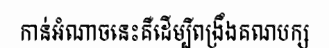
កាន់អំណាចនេះគឺដើម្បីពង្រឹងគណបក្ស